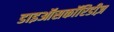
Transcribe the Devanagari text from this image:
डाइऑसकॉरिडीज़